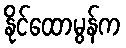
နိုင်ထောမွန်က